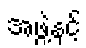
အဖွဲ့နှင့်